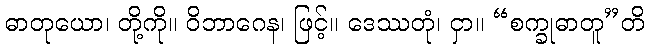
ဓာတုယော၊ တို့ကို။ ဝိဘာဂေန၊ ဖြင့်။ ဒေဿတုံ၊ ငှာ။ “စက္ခုဓာတူ”တိ